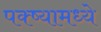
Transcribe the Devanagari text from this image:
पक्ष्यामध्ये